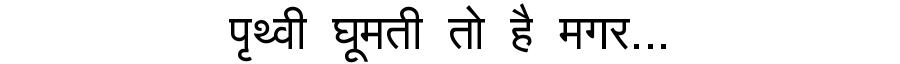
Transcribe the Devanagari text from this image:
पृथ्वी घूमती तो है मगर...